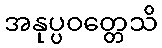
အနုပ္ပဝတ္တေသိ